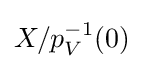
X/p_{V}^{-1}(0)